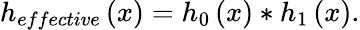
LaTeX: h_{effective}\left(x\right)=h_{0}\left(x\right)*h_{1}\left(x\right).